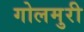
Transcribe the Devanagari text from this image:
गोलमुरी